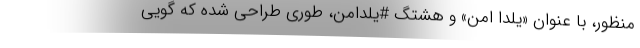
منظور، با عنوان «یلدا امن» و هشتگ #یلدامن، طوری طراحی شده که گویی